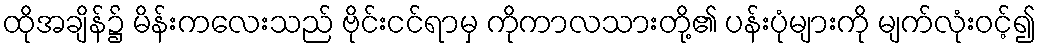
ထိုအချိန်၌ မိန်းကလေးသည် ဗိုင်းငင်ရာမှ ကိုကာလသားတို့၏ ပန်းပုံများကို မျက်လုံးဝင့်၍